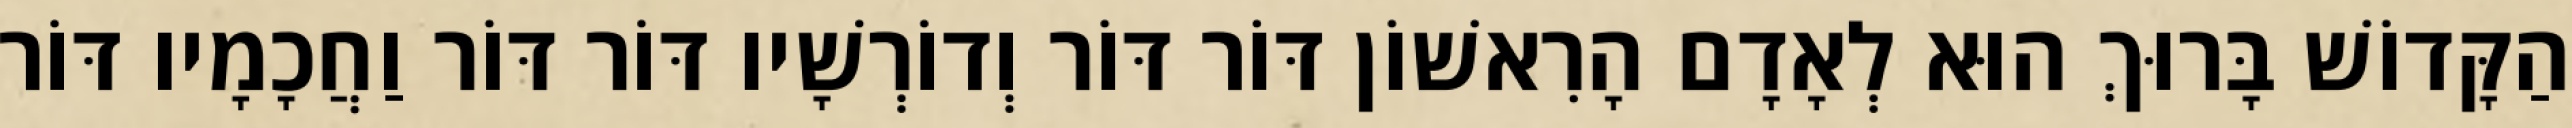
הַקָּדוֹשׁ בָּרוּךְ הוּא לְאָדָם הָרִאשׁוֹן דּוֹר דּוֹר וְדוֹרְשָׁיו דּוֹר דּוֹר וַחֲכָמָיו דּוֹר